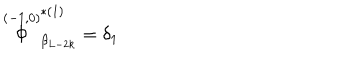
LaTeX: \stackrel { ( - 1 , 0 ) } { \Phi } _ { \beta _ { L - 2 k } } ^ { * ( 1 ) } = \delta _ { 1 }